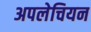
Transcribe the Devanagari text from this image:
अपलेचियन